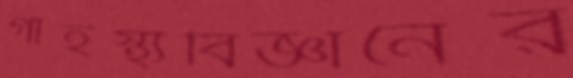
গার্হস্থ্যবিজ্ঞানের